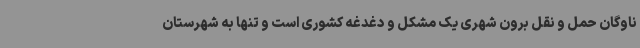
ناوگان حمل و نقل برون شهری یک مشکل و دغدغه کشوری است و تنها به شهرستان